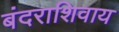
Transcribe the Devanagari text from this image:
बंदराशिवाय